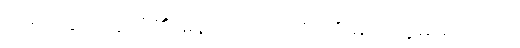
သို့ရာတွင် သူတို့၏ နောက်ကြောင်းကို မည်သူမျှ မသိကြ။